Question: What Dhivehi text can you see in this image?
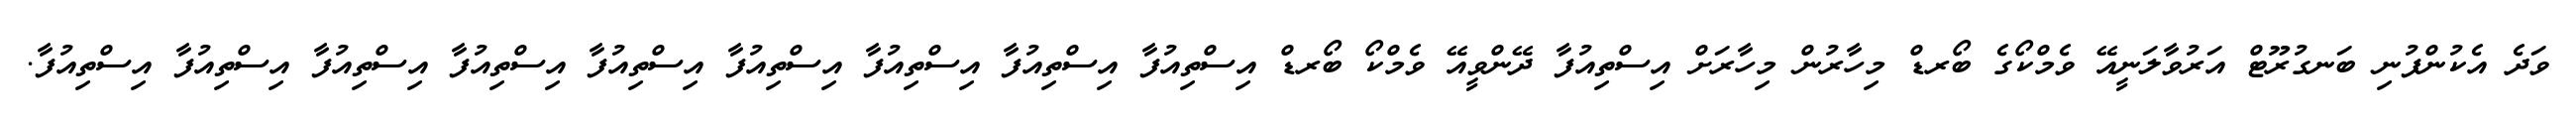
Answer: ވަދެ އެކުންފުނި ބަނގުރޫޓް އަރުވާލަނީއޭ ވެމްކޯގެ ބޯރޑް މިހާރުން މިހާރަށް އިސްތިއުފާ ދޭންވީއޭ ވެމްކޯ ބޯރޑް އިސްތިއުފާ އިސްތިއުފާ އިސްތިއުފާ އިސްތިއުފާ އިސްތިއުފާ އިސްތިއުފާ އިސްތިއުފާ އިސްތިއުފާ އިސްތިއުފާ.